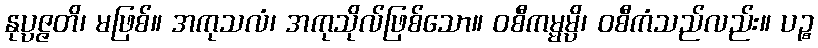
နုပ္ပဇ္ဇတိ၊ မဖြစ်။ အကုသလံ၊ အကုသိုလ်ဖြစ်သော။ ဝစီကမ္မမ္ပိ၊ ဝစီကံသည်လည်း။ ပဉ္စ